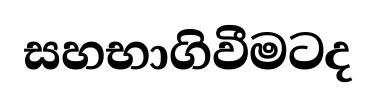
සහභාගිවීමටද